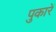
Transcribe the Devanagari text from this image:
पुकारें